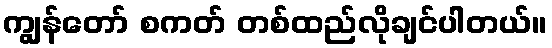
ကျွန်တော် စကတ် တစ်ထည်လိုချင်ပါတယ်။